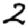
Digit: 2